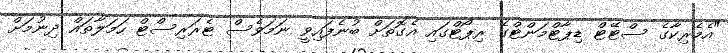
"އެމެރިކާގެ ސްޓޭޓް ޑިޕާޓްމަންޓްގެ ރިޕޯޓްގައި އެގޮތަށް ބުނެފައިވީ ނަމަވެސް ޓެރަރިސްޓް ހަމަލާތައް ދިނުމަށް